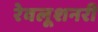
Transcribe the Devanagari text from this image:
रेवलूशनरी